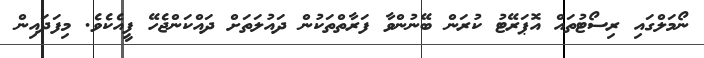
ނޯމަލްގައި ރިސޯޓުތައް އޮޕަރޭޓު ކުރަން ބޭނުންވާ ފަރާތްތަކުން ދައުލަތަށް ދައްކަންޖެހޭ ފީއެކެވެ. މިފަދައިން